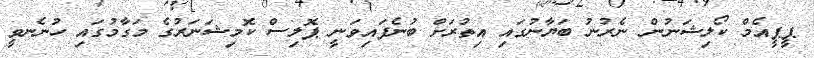
ޕީޕީއެމް ކޯލިޝަނުން ނެރުނު ބަޔާނުގައި އިތުރަށް ބުނެފައިވަނީ ޕޮލިސް ކޮމިޝަނަރުގެ މަގާމުގައި ހުނެނވީ